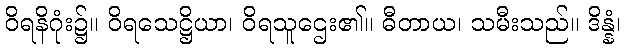
ဝိရနိဂုံး၌။ ဝိရသေဋ္ဌိယာ၊ ဝိရသူဌေး၏။ ဓီတာယ၊ သမီးသည်။ ဒိန္နံ၊